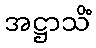
အဋ္ဌာသိံ